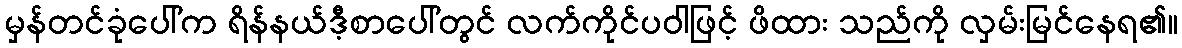
မှန်တင်ခုံပေါ်က ရိန်နယ်ဒီ့စာပေါ်တွင် လက်ကိုင်ပဝါဖြင့် ဖိထား သည်ကို လှမ်းမြင်နေရ၏။